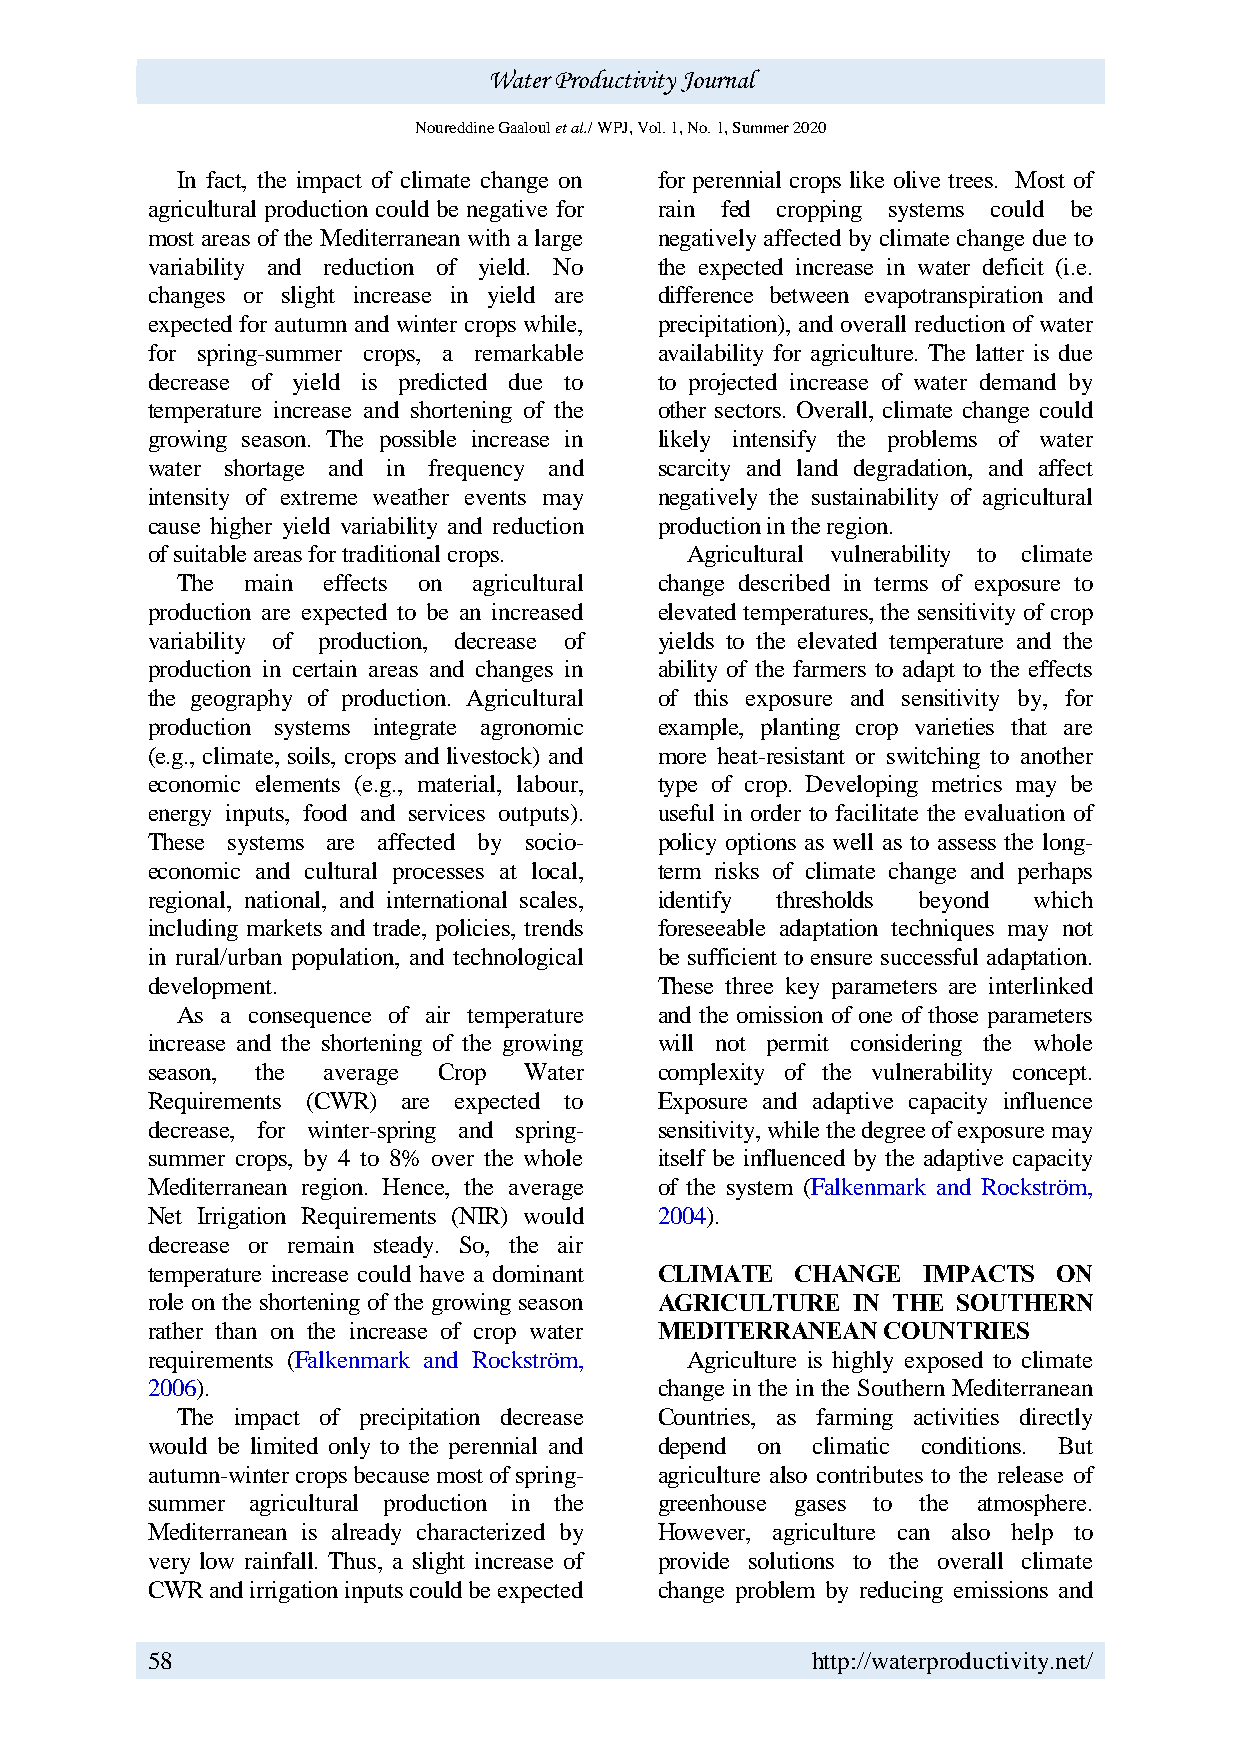
Water Productivity Journal
 Noureddine Gaaloul et al./ WPJ, Vol. 1, No. 1, Summer 2020
 In fact, the impact of climate change on for perennial crops like olive trees. Most of
 agricultural production could be negative for rain fed cropping systems could be
 most areas of the Mediterranean with a large negatively affected by climate change due to
 variability and reduction of yield. No the expected increase in water deficit (i.e.
 changes or slight increase in yield are difference between evapotranspiration and
 expected for autumn and winter crops while, precipitation), and overall reduction of water
 for spring-summer crops, a remarkable availability for agriculture. The latter is due
 decrease of yield is predicted due to to projected increase of water demand by
 temperature increase and shortening of the other sectors. Overall, climate change could
 growing season. The possible increase in likely intensify the problems of water
 water shortage and in frequency and scarcity and land degradation, and affect
 intensity of extreme weather events may negatively the sustainability of agricultural
 cause higher yield variability and reduction production in the region.
 of suitable areas for traditional crops. Agricultural vulnerability to climate
 The main effects on agricultural change described in terms of exposure to
 production are expected to be an increased elevated temperatures, the sensitivity of crop
 variability of production, decrease of yields to the elevated temperature and the
 production in certain areas and changes in ability of the farmers to adapt to the effects
 the geography of production. Agricultural of this exposure and sensitivity by, for
 production systems integrate agronomic example, planting crop varieties that are
 (e.g., climate, soils, crops and livestock) and more heat-resistant or switching to another
 economic elements (e.g., material, labour, type of crop. Developing metrics may be
 energy inputs, food and services outputs). useful in order to facilitate the evaluation of
 These systems are affected by socio- policy options as well as to assess the long-
 economic and cultural processes at local, term risks of climate change and perhaps
 regional, national, and international scales, identify thresholds beyond which
 including markets and trade, policies, trends foreseeable adaptation techniques may not
 in rural/urban population, and technological be sufficient to ensure successful adaptation.
 development.                      These three key parameters are interlinked
 As a consequence of air temperature and the omission of one of those parameters
 increase and the shortening of the growing will not permit considering the whole
 season, the average Crop Water    complexity of the vulnerability concept.
 Requirements (CWR) are expected to Exposure and adaptive capacity influence
 decrease, for winter-spring and spring- sensitivity, while the degree of exposure may
 summer crops, by 4 to 8% over the whole itself be influenced by the adaptive capacity
 Mediterranean region. Hence, the average of the system (Falkenmark and Rockström,
 Net Irrigation Requirements (NIR) would 2004).
 decrease or remain steady. So, the air
 temperature increase could have a dominant CLIMATE CHANGE IMPACTS ON
 role on the shortening of the growing season AGRICULTURE IN THE SOUTHERN
 rather than on the increase of crop water MEDITERRANEAN COUNTRIES
 requirements (Falkenmark and Rockström, Agriculture is highly exposed to climate
 2006).                            change in the in the Southern Mediterranean
 The impact of precipitation decrease Countries, as farming activities directly
 would be limited only to the perennial and depend on climatic conditions. But
 autumn-winter crops because most of spring- agriculture also contributes to the release of
 summer agricultural production in the greenhouse gases to the atmosphere.
 Mediterranean is already characterized by However, agriculture can also help to
 very low rainfall. Thus, a slight increase of provide solutions to the overall climate
 CWR and irrigation inputs could be expected change problem by reducing emissions and
 58                                          http://waterproductivity.net/